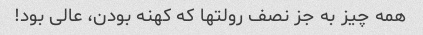
همه چیز به جز نصف رولتها که کهنه بودن، عالی بود!